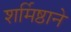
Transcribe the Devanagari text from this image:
शर्मिष्ठाने